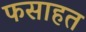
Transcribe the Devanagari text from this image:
फसाहत